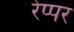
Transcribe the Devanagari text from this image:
रेप्पर